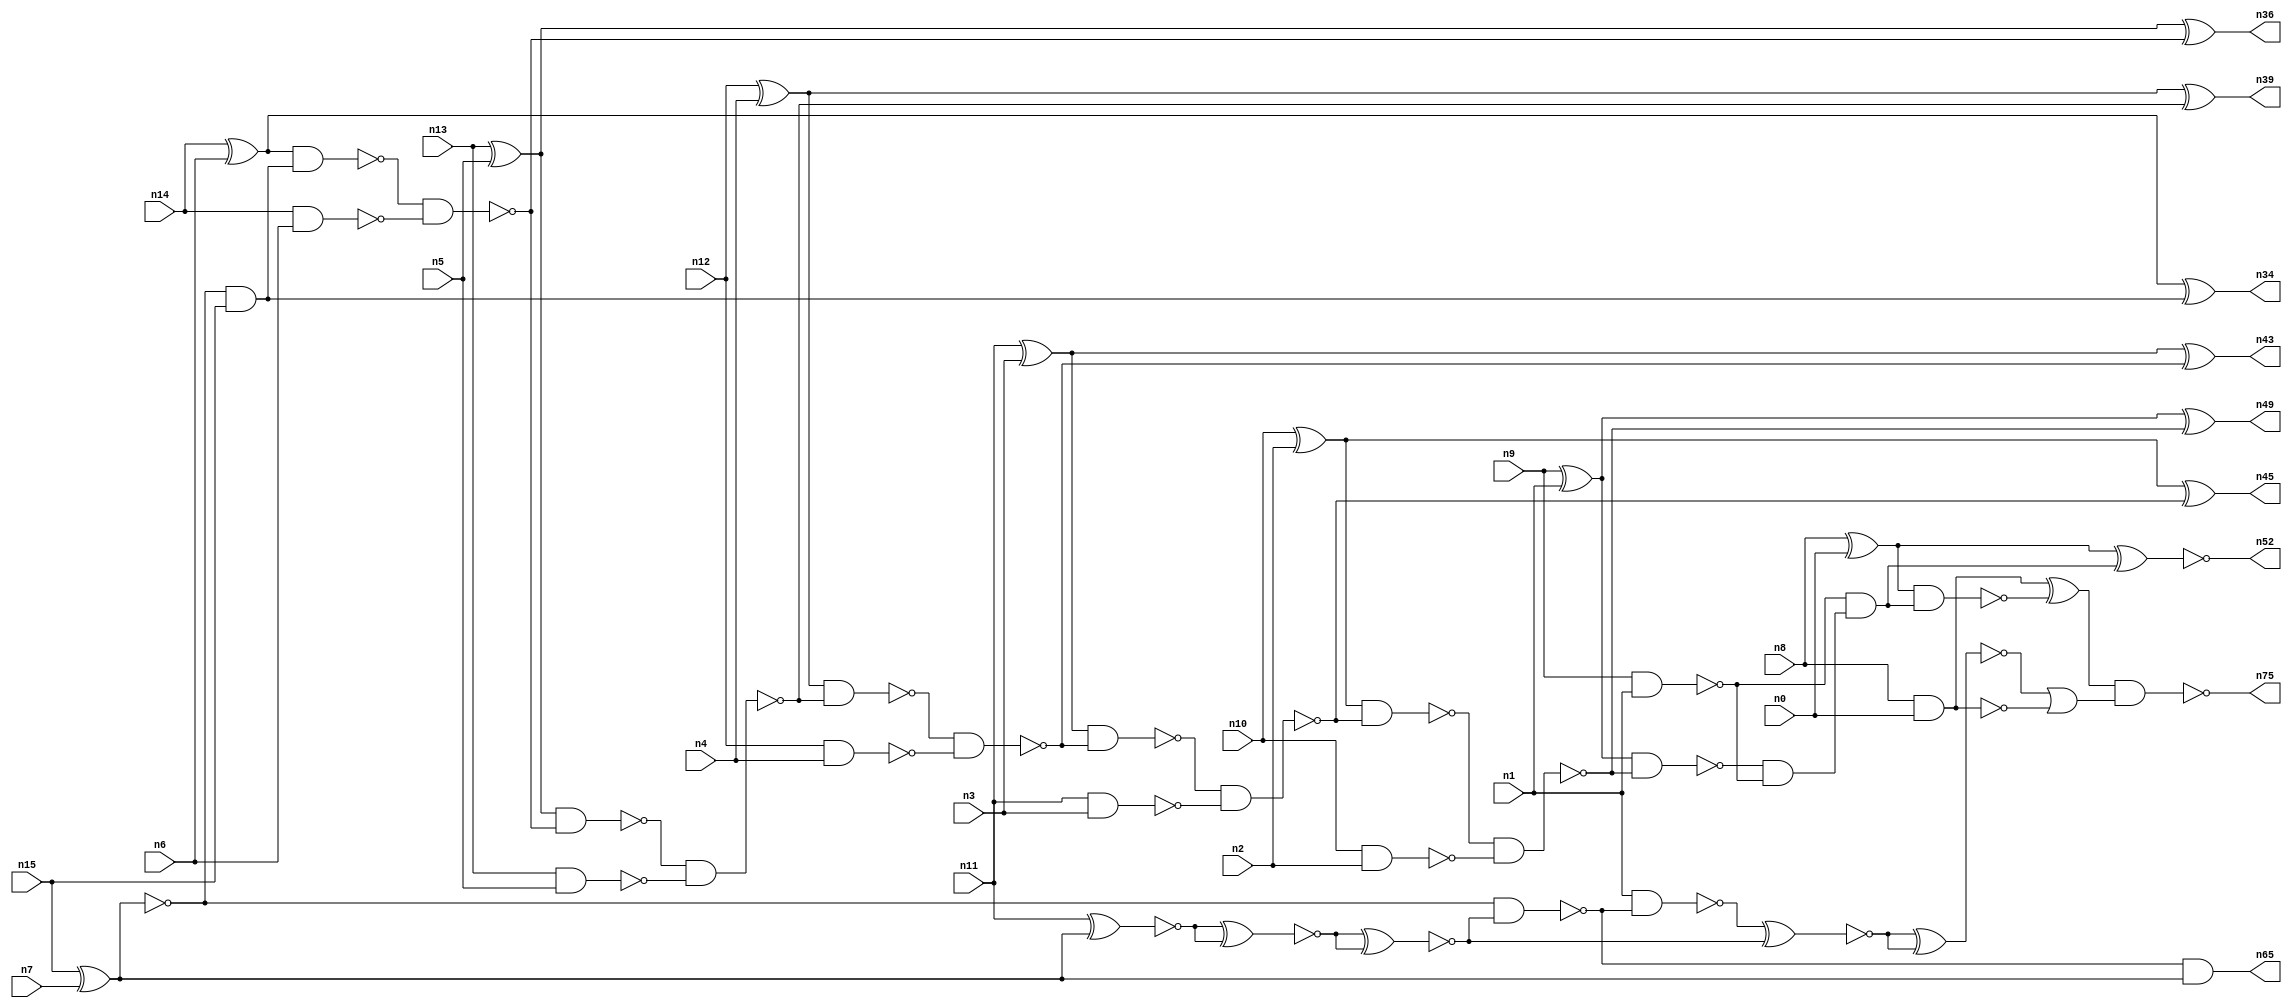
// This program was cloned from: https://github.com/umar-afzaal/ReCkt
// License: MIT License

// This file contains a pareto-optimal circuit with respect to area and the fault-resilince parameter p_fault which is defined as:
// "For all input vectors, the ratio of the no. of faults observable at the POs to the no. of total possible faults in the circuit".
// This code is part of the ReCkt library (https://github.com/umar-afzaal/ReCkt) distributed under The MIT License.
// When used, please cite the following article(s):
// U. Afzaal, A.S. Hassan, M. Usman and J.A. Lee, "On the Evolutionary Synthesis of Increased Fault-resilience Arithmetic Circuits".

// p_fault = 81.4 %    (Lower is better)
// gates = 50.0
// levels = 18
// area = 70.27    (For MCNC library relative to nand2)
// power = 328.3 uW    (Berkely-SIS for MCNC library @ Vdd=5V and 20 MHz clock)
// delay = 22.7 ns    (Berkely-ABC for MCNC library)
// PDP = 7.45241e-12 J

// Pin mapping:
// {n0, n1, n2, n3, n4, n5, n6, n7} = A[7:0]
// {n8, n9, n10, n11, n12, n13, n14, n15} = B[7:0]
// {n75, n52, n49, n45, n43, n39, n36, n34, n65} = O[8:0]

module addr8s_area_16 (
n0, n1, n2, n3, n4, n5, n6, n7, n8, n9, n10, n11, n12, n13, n14, n15, 
n75, n52, n49, n45, n43, n39, n36, n34, n65
);

input n0, n1, n2, n3, n4, n5, n6, n7, n8, n9, n10, n11, n12, n13, n14, n15;
output n75, n52, n49, n45, n43, n39, n36, n34, n65;
wire n22, n42, n28, n21, n54, n71, n30, n16, n27, n24, n56, n20, n53, n32, n67, n18, n55, n63, n51, n31, 
n25, n58, n41, n26, n37, n35, n29, n17, n38, n19, n61, n50, n46, n47, n23, n40, n48, n57, n33, n68, 
n44;

nand (n16, n14, n6);
nand (n17, n9, n1);
nand (n18, n13, n5);
nand (n19, n8, n0);
xor (n20, n8, n0);
nand (n21, n10, n2);
xor (n22, n12, n4);
xnor (n23, n15, n7);
xor (n24, n10, n2);
and (n25, n23, n15);
nand (n26, n11, n3);
xor (n27, n14, n6);
xor (n28, n9, n1);
nand (n29, n12, n4);
xor (n30, n13, n5);
xor (n31, n11, n3);
nand (n32, n23, n23);
nand (n33, n27, n25);
xor (n34, n27, n25);
nand (n35, n33, n16);
xor (n36, n30, n35);
nand (n37, n30, n35);
nand (n38, n37, n18);
xor (n39, n22, n38);
nand (n40, n22, n38);
nand (n41, n40, n29);
nand (n42, n31, n41);
xor (n43, n31, n41);
nand (n44, n42, n26);
xor (n45, n24, n44);
nand (n46, n24, n44);
nand (n47, n46, n21);
nand (n48, n28, n47);
xor (n49, n28, n47);
and (n50, n48, n17);
and (n51, n17, n50);
xnor (n52, n20, n51);
nand (n53, n20, n51);
nand (n54, n19, n19);
xnor (n55, n11, n32);
xnor (n56, n55, n55);
xnor (n57, n56, n56);
nand (n58, n23, n57);
nand (n61, n1, n58);
xnor (n63, n61, n57);
and (n65, n58, n32);
xnor (n67, n63, n63);
or (n68, n67, n19);
xor (n71, n54, n53);
nand (n75, n71, n68);

endmodule